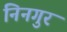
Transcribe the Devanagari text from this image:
निनगुर